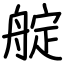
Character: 𦩘